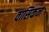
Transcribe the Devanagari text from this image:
वासिकर्न